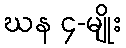
ဃန ၄-မျိုး